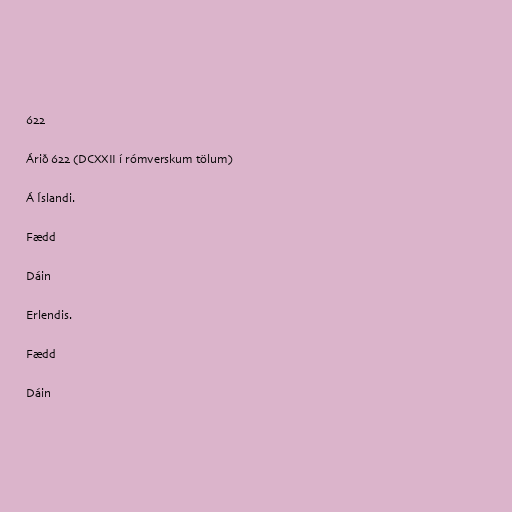
622

Árið 622 (DCXXII í rómverskum tölum)

Á Íslandi.

Fædd

Dáin

Erlendis.

Fædd

Dáin